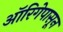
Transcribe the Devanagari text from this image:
ऑरिगेपासून